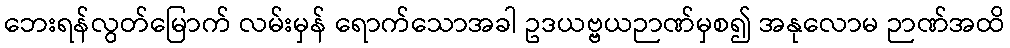
ဘေးရန်လွတ်မြောက် လမ်းမှန် ရောက်သောအခါ ဥဒယဗ္ဗယဉာဏ်မှစ၍ အနုလောမ ဉာဏ်အထိ